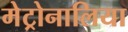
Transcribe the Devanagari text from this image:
मेट्रोनालिया